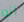
أنه